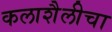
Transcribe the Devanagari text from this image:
कलाशैलीचा